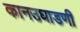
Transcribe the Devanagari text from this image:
कानउघाडणी